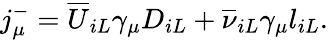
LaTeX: j_{\mu}^{-}={\overline{{U}}}_{iL}\gamma_{\mu}D_{iL}+{\overline{{\nu}}}_{iL}\gamma_{\mu}l_{iL}.